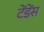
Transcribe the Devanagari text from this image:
टेंडेंस